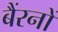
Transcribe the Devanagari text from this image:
बैंरनों